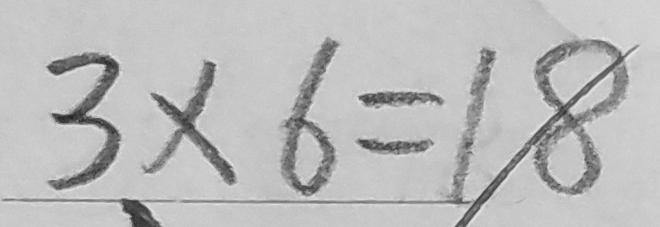
3 \times 6 = 1 8